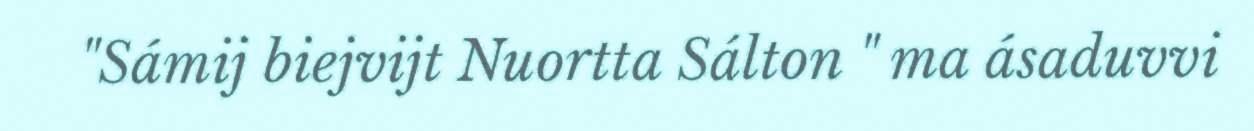
"Sámij biejvijt Nuortta Sálton " ma ásaduvvi